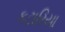
કટારિયા